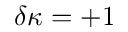
\delta \kappa = + 1